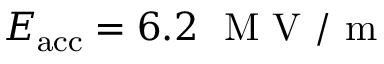
E _ { \mathrm { a c c } } = 6 . 2 \ \mathrm { ~ M ~ V ~ } / \mathrm { ~ m ~ }